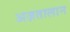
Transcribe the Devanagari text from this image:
अज़तालान